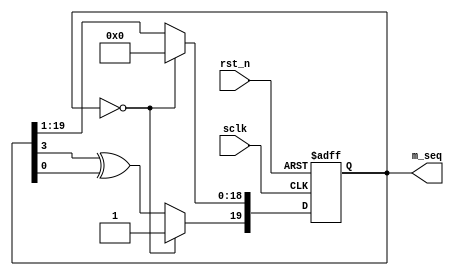
module m_sequence(
	input				sclk,
	input				rst_n,
	output [19:0] m_seq
);
//parameter POLY = 8'b10001110;//

reg [19:0]	shift_reg;
//wire nor_res;
//assign nor_res=!(shift_reg[1]|shift_reg[2]|shift_reg[3]|shift_reg[4]|shift_reg[5]|shift_reg[6]|shift_reg[7]);

always@(posedge sclk or posedge rst_n)
begin
	if(rst_n == 1'b1)begin
		shift_reg <= 20'b11111111111111111111;//
		end
	else begin
		//shift_reg[0]<=((shift_reg[7]^shift_reg[3])^shift_reg[2])^shift_reg[1];
		/*shift_reg[7] <=  (shift_reg[0] & POLY[7])^
						(shift_reg[1] & POLY[6])^
						(shift_reg[2] & POLY[5])^
						(shift_reg[3] & POLY[4])^
						(shift_reg[4] & POLY[3])^
						(shift_reg[5] & POLY[2])^
						(shift_reg[6] & POLY[1])^
						(shift_reg[7] & POLY[0]);*/
		//shift_reg[7:1] <= shift_reg[6:0];	
			//shift_reg<=8'b01000001;
			
			if(shift_reg==0)
				shift_reg=20'b10000000000000000000;
			else
			begin
			shift_reg[18:0]<=shift_reg[19:1];
			shift_reg[19]<=(shift_reg[3]^shift_reg[0]);//^nor_res;
			end
		end
end

assign m_seq = shift_reg[19:0];

endmodule